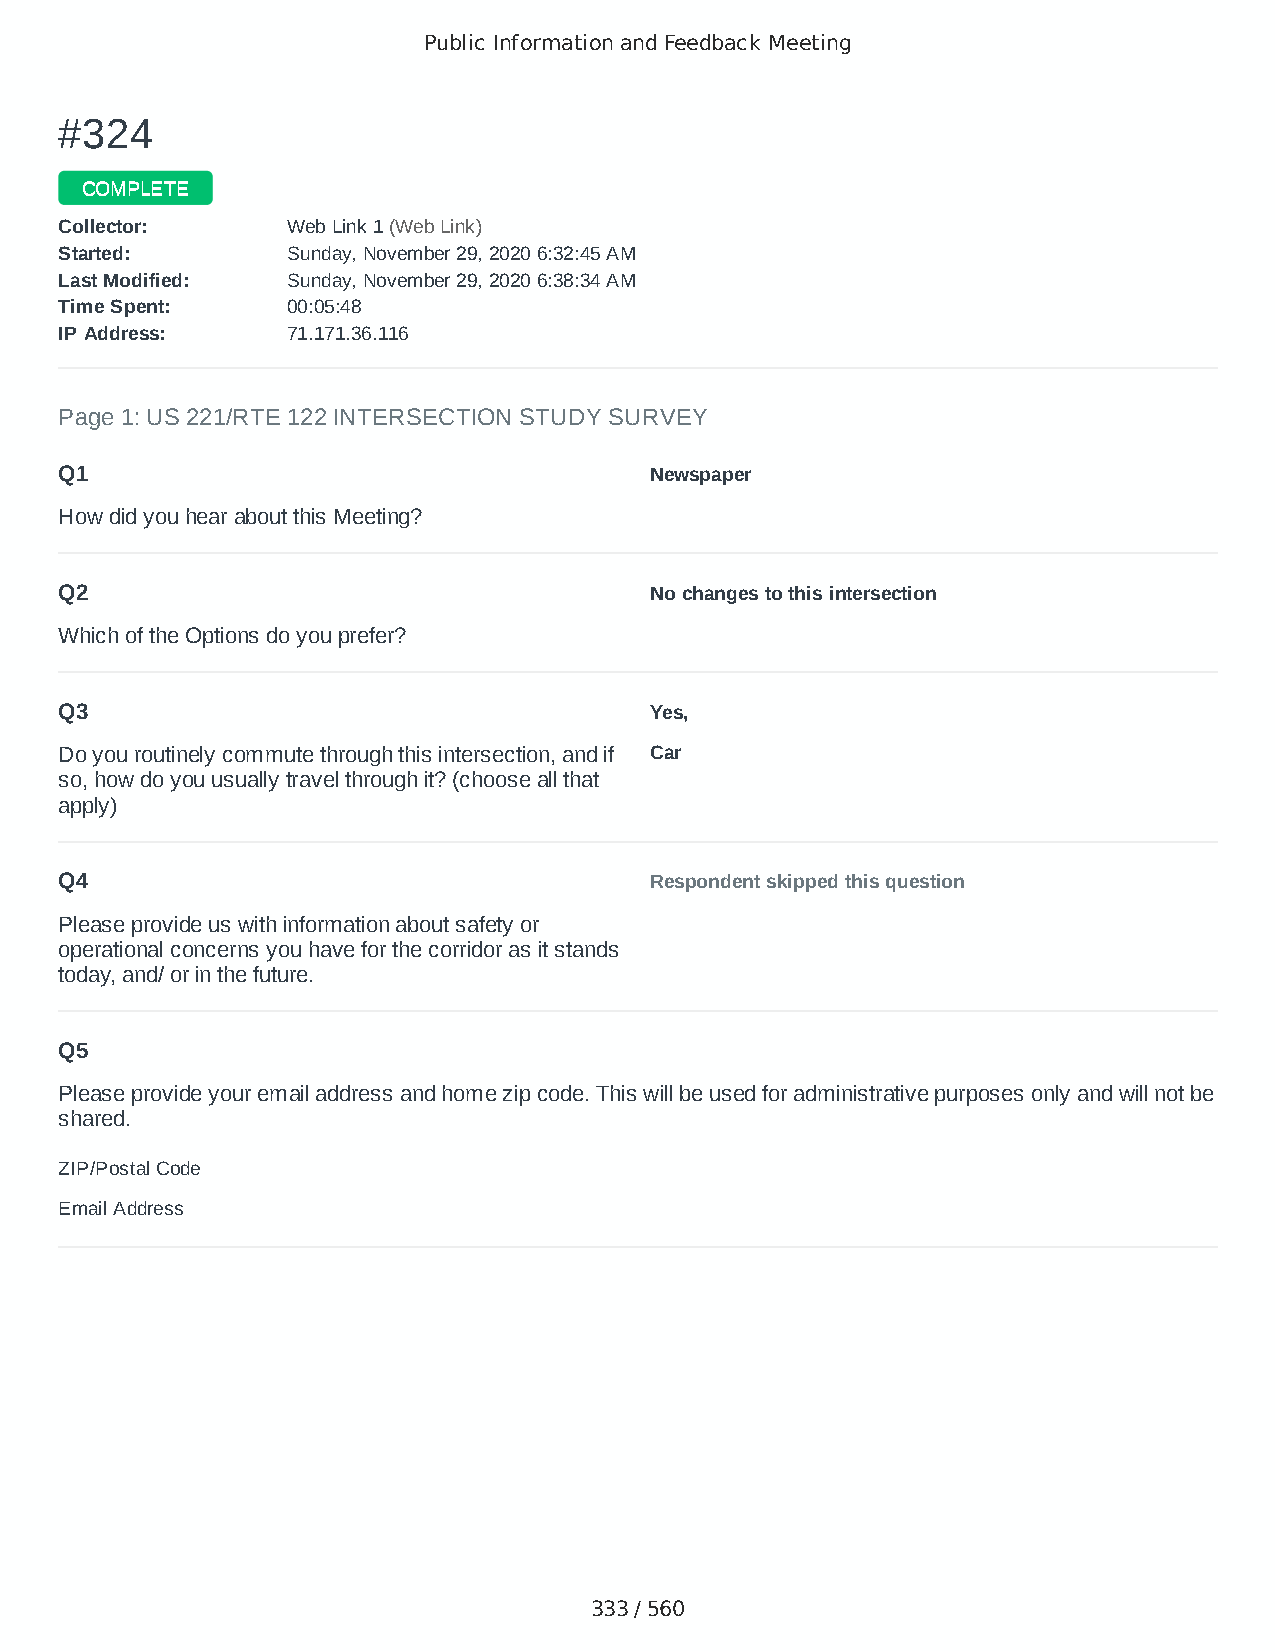
Public Information and Feedback Meeting
 ##332244
 CCOOMMPPLLEETTEE
 CCoolllleeccttoorr:: WWeebb LLiinnkk 11 ((WWeebb LLiinnkk))
 SSttaarrtteedd:: SSuunnddaayy,, NNoovveemmbbeerr 2299,, 22002200 66::3322::4455 AAMM
 LLaasstt MMooddiiffiieedd:: SSuunnddaayy,, NNoovveemmbbeerr 2299,, 22002200 66::3388::3344 AAMM
 TTiimmee SSppeenntt:: 0000::0055::4488
 IIPP AAddddrreessss:: 7711..117711..3366..111166
 Page 1: US 221/RTE 122 INTERSECTION STUDY SURVEY
 Q1                                     Newspaper
 How did you hear about this Meeting?
 Q2                                     No changes to this intersection
 Which of the Options do you prefer?
 Q3                                     Yes,
 Do you routinely commute through this intersection, and if Car
 so, how do you usually travel through it? (choose all that
 apply)
 Q4                                     Respondent skipped this question
 Please provide us with information about safety or
 operational concerns you have for the corridor as it stands
 today, and/ or in the future.
 Q5
 Please provide your email address and home zip code. This will be used for administrative purposes only and will not be
 shared.
 ZIP/Postal Code                        24523
 Email Address                          dmt24523@gmail.com
 333 / 560